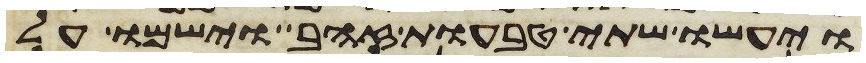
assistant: ויעשו שתי טבעות זהב וישמו על